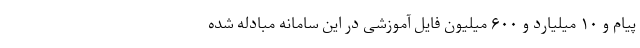
پیام و ۱۰ میلیارد و ۶۰۰ میلیون فایل آموزشی در این سامانه مبادله شده